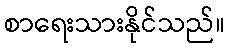
စာရေးသားနိုင်သည်။